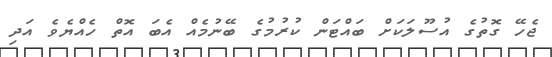
ޖެހޭ ގޮތުގެ އުސޫލަކަށް ބައްޓަން ކުރުމުގެ ބޭނުމެއް އެބަ އޮތް ހެއްޔެވެ އަދި